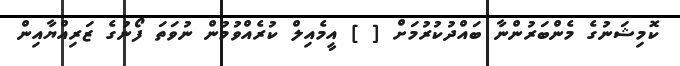
ކޮމިޝަނުގެ މެންބަރުންނާ ބައްދުކުރުމަށް [ ] އީމެއިލް ކުރެއްވުމުން ނުވަތަ ފޯނުގެ ޒަރިއްޔާއިން